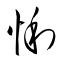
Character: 悧